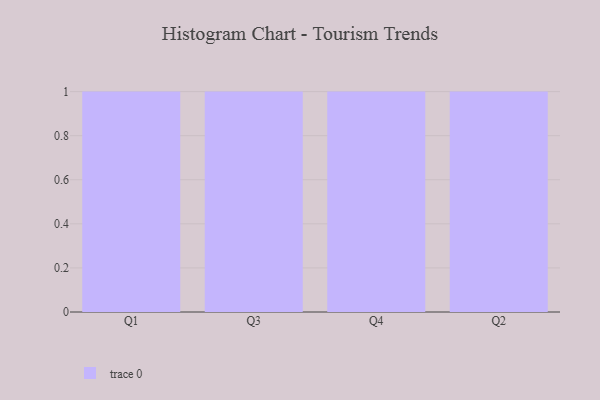
{"axis": {"x": "Quarter", "y": "Shipments"}, "legend": [""], "data": [{"x": "Q1", "y": 99, "type": ""}, {"x": "Q3", "y": 33, "type": ""}, {"x": "Q4", "y": 78, "type": ""}, {"x": "Q2", "y": 44, "type": ""}]}